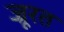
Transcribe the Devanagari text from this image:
ज्रूरत